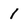
Character: 1